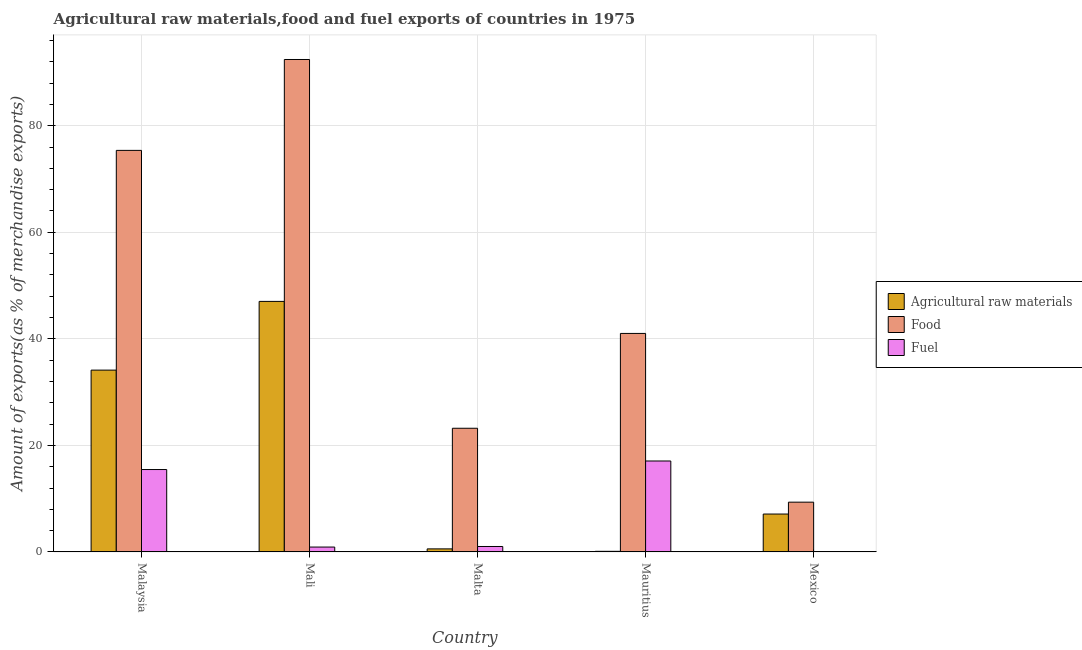
| Country | Agricultural raw materials | Food | Fuel |
 | --- | --- | --- | --- |
 | Malaysia | 34.1 | 75.4 | 15.5 |
 | Mali | 47 | 92.4 | 0.919 |
 | Malta | 0.576 | 23.2 | 1.02 |
 | Mauritius | 0.118 | 41 | 17.1 |
 | Mexico | 7.11 | 9.34 | 0.0733 |